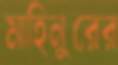
মাহিনুরের